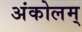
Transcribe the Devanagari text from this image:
अंकोलम्